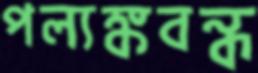
পল্যঙ্কবন্ধ